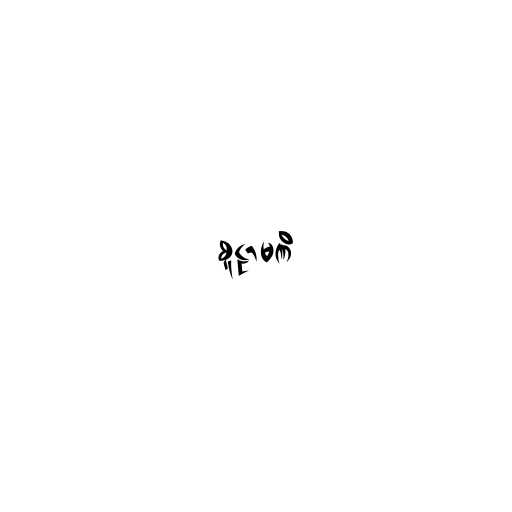
စူဠာမဏိ